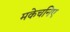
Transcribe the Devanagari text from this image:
मकेचनिए